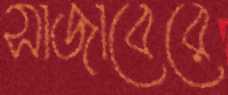
সাজাবেরে